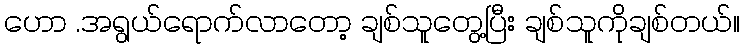
ဟော .အရွယ်ရောက်လာတော့ ချစ်သူတွေ့ပြီး ချစ်သူကိုချစ်တယ်။